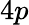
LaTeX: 4p